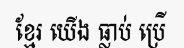
ខ្មែរ យើង ធ្លាប់ ប្រើ